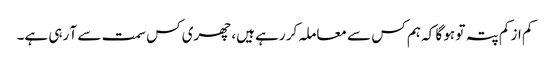
کم از کم پتہ تو ہو گا کہ ہم کس سے معاملہ کر رہے ہیں، چھری کس سمت سے آ رہی ہے۔